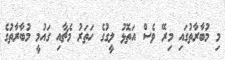
މި މުބާރާތުގައި މިރޭ ވެސް އަތޮޅު ލީގުގެ ހަތަރު މެޗާއި ގައުމީ މުބާރާތުގެ